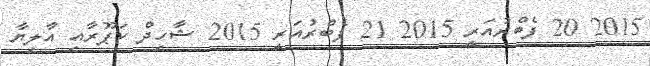
2015 20 ފެބްރުއަރީ 2015 21 ފެބްރުއަރީ 2015 ޝާހިދް ކަޕޫރާއި އާލިޔާ